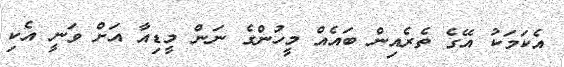
އެކަމަކު އޭގެ ތެރެއިން ބައެއް މީހުންގެ ނަން މީޑިއާ އަށް ވަނީ އެކި